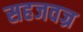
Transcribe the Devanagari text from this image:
सहजवज्र